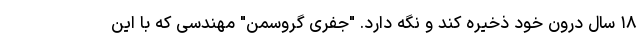
۱۸ سال درون خود ذخیره کند و نگه دارد. "جفری گروسمن" مهندسی که با این